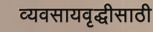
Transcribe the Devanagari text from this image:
व्यवसायवृद्धीसाठी